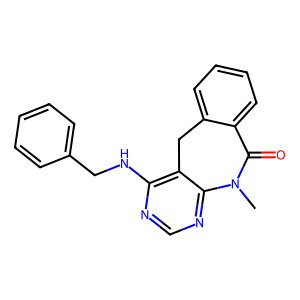
SMILES: CN1C(=O)c2ccccc2Cc2c(NCc3ccccc3)ncnc21
Inhibits HIV replication: No